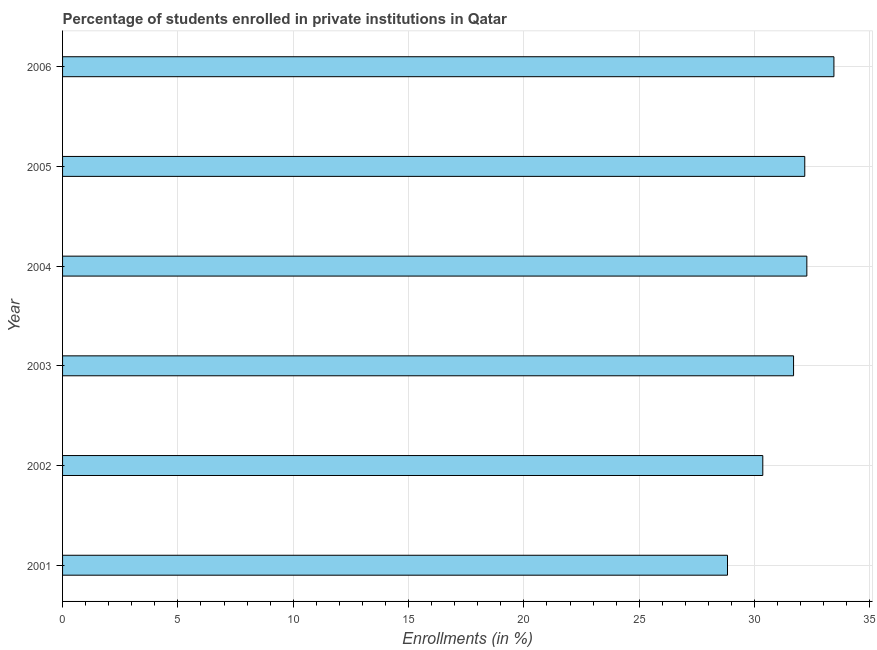
| Year | Enrollments |
 | --- | --- |
 | 2001 | 28.8 |
 | 2002 | 30.4 |
 | 2003 | 31.7 |
 | 2004 | 32.3 |
 | 2005 | 32.2 |
 | 2006 | 33.4 |